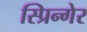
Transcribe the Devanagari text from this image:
स्प्रिन्गेर